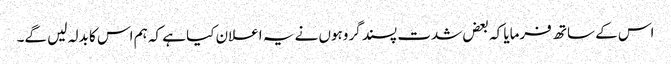
اس کے ساتھ فرمایا کہ بعض شدت پسند گروہوں نے یہ اعلان کیا ہے کہ ہم اس کا بدلہ لیں گے۔